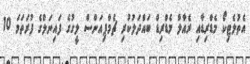
އެތުލެޓިކޯ މެޑްރިޑާއި ރެއާލް މެޑްރިޑް ބައްދަލުކުރި ޗެމްޕިއަންސް ލީގުގެ ފައިނަލްގެ ފުރަތަމަ 10